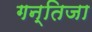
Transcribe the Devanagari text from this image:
गन्तिजा